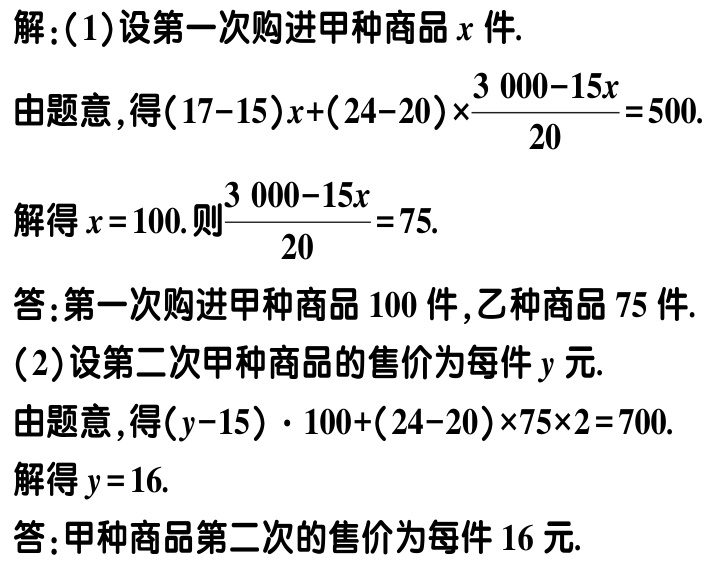
解：(1)设第一次购进甲种商品\(x\)件.

由题意，得\((17 - 15)x+(24 - 20)\times\frac{3000 - 15x}{20}=500\).

解得\(x = 100\).则\(\frac{3000 - 15x}{20}=75\).

答：第一次购进甲种商品\(100\)件，乙种商品\(75\)件.

(2)设第二次甲种商品的售价为每件\(y\)元.

由题意，得\((y - 15)\cdot100+(24 - 20)\times75\times2 = 700\).

解得\(y = 16\).

答：甲种商品第二次的售价为每件\(16\)元.